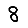
Digit: 8